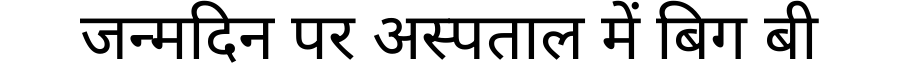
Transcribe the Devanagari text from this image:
जन्मदिन पर अस्पताल में बिग बी